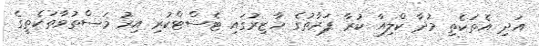
އަދި އެތަކެތި މުދާ ކްލިއާ ކުރާ ފަރާތުގެ ހާޒިރުގައި ޓެސްޓްކުރި އިރު މަސްތުވާތަކެތީގެ